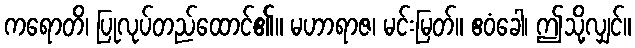
ကရောတိ၊ ပြုလုပ်တည်ထောင်၏။ မဟာရာဇ၊ မင်းမြတ်။ ဧဝံခေါ၊ ဤသို့လျှင်။